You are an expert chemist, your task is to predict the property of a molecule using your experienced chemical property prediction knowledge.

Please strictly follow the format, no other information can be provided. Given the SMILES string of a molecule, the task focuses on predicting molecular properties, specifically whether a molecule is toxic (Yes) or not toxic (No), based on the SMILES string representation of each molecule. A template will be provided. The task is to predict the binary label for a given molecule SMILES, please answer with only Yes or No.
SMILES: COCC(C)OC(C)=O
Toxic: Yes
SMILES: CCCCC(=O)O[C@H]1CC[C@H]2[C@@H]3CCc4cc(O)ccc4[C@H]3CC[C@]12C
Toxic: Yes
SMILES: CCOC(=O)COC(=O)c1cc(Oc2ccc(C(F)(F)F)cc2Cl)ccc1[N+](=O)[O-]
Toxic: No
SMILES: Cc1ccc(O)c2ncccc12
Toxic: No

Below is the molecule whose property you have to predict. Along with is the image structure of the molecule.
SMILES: O=C1c2ccccc2C(=O)c2cc(Cl)ccc21
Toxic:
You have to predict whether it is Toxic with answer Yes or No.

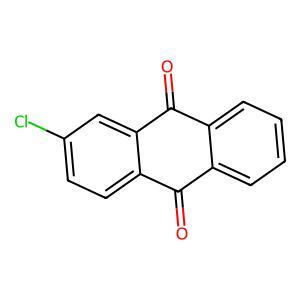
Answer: No